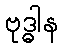
ဗုဒ္ဓါန